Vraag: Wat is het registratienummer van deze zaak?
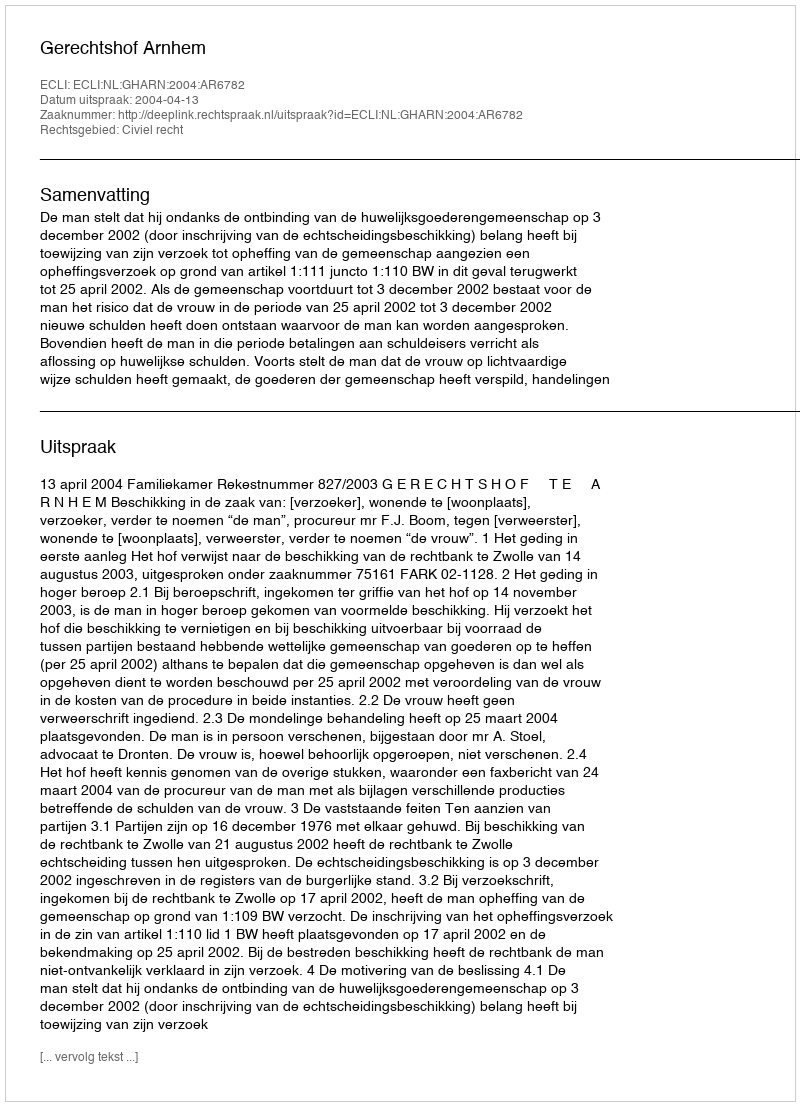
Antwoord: http://deeplink.rechtspraak.nl/uitspraak?id=ECLI:NL:GHARN:2004:AR6782